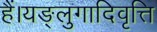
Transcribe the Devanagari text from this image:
हैं।यङ्लुगादिवृत्ति